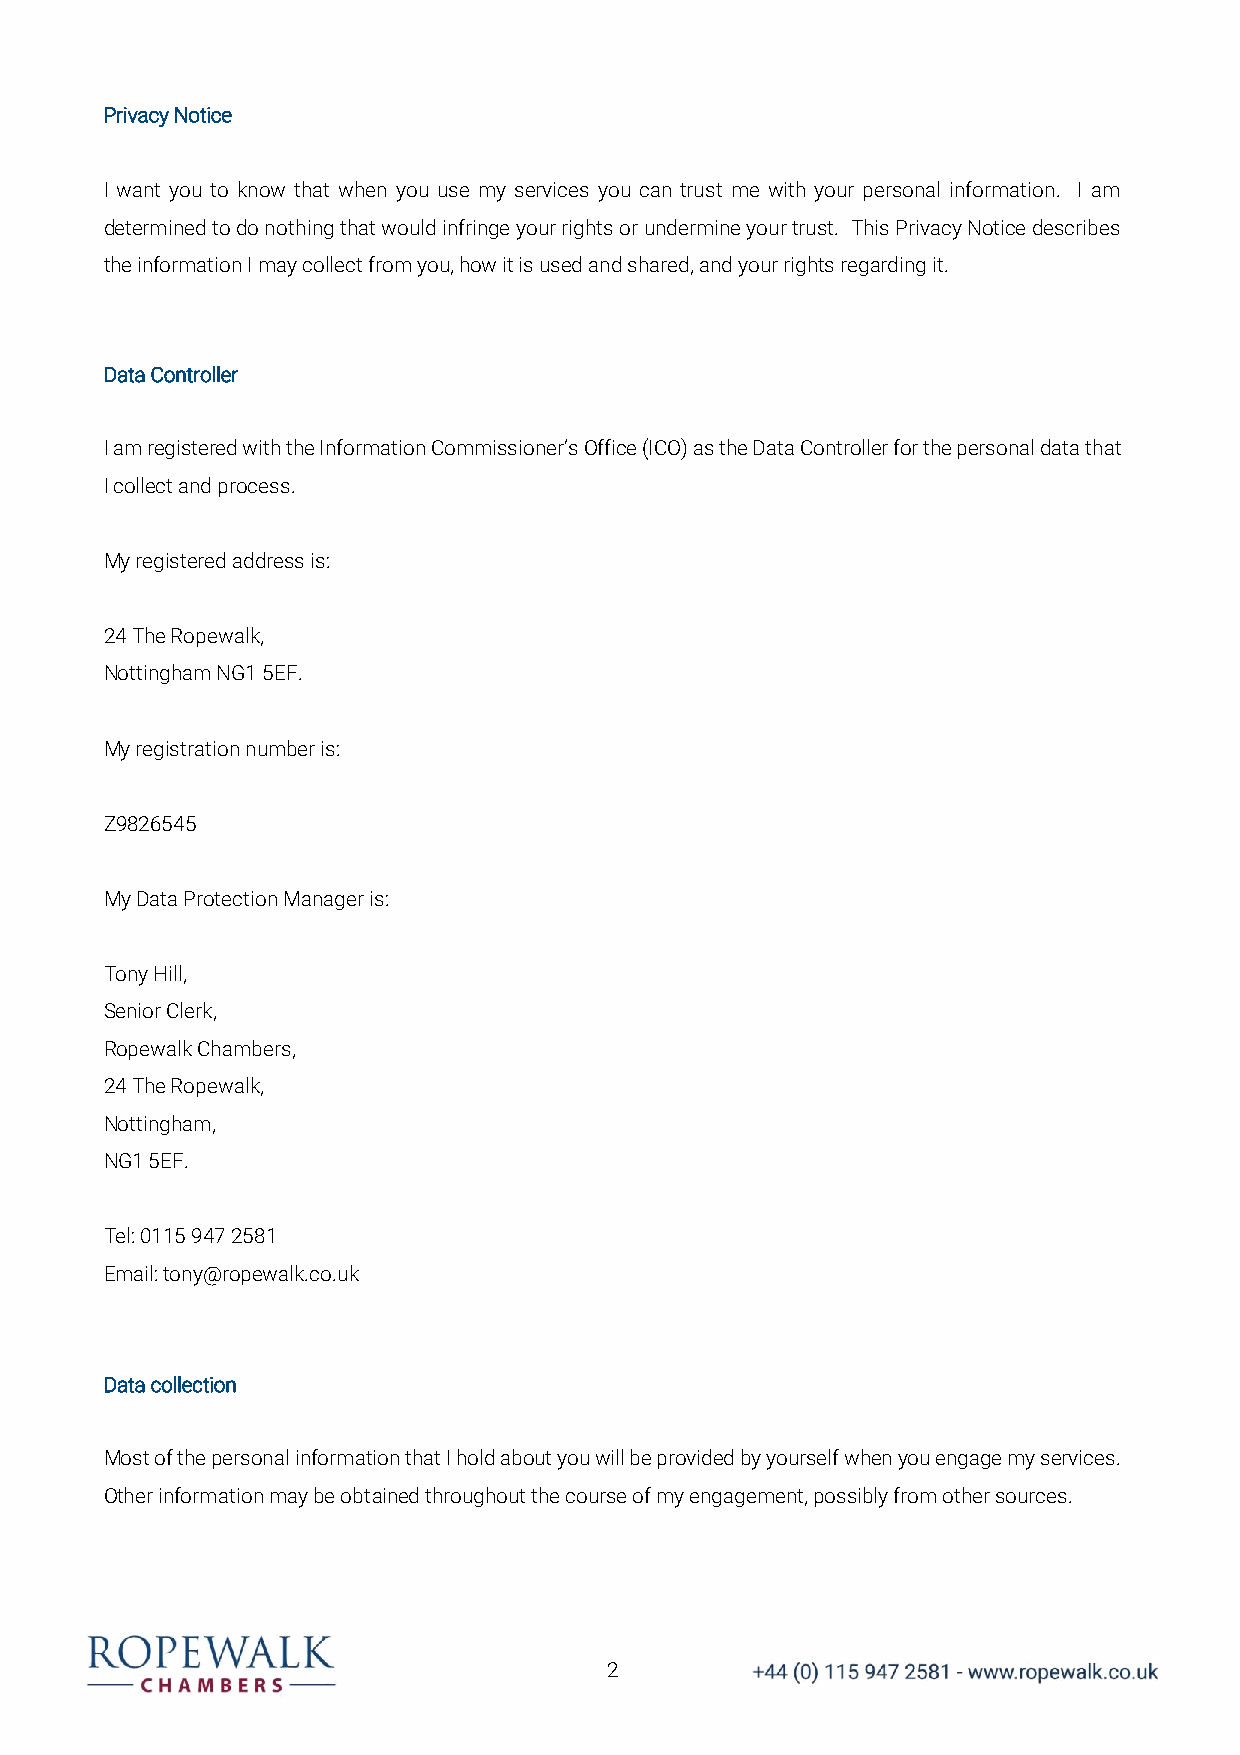
Privacy Notice
 I want you to know that when you use my services you can trust me with your personal information. I am
 determined to do nothing that would infringe your rights or undermine your trust. This Privacy Notice describes
 the information I may collect from you, how it is used and shared, and your rights regarding it.
 Data Controller
 I am registered with the Information Commissioner’s Office (ICO) as the Data Controller for the personal data that
 I collect and process.
 My registered address is:
 24 The Ropewalk,
 Nottingham NG1 5EF.
 My registration number is:
 Z9826545
 My Data Protection Manager is:
 Tony Hill,
 Senior Clerk,
 Ropewalk Chambers,
 24 The Ropewalk,
 Nottingham,
 NG1 5EF.
 Tel: 0115 947 2581
 Email: tony@ropewalk.co.uk
 Data collection
 Most of the personal information that I hold about you will be provided by yourself when you engage my services.
 Other information may be obtained throughout the course of my engagement, possibly from other sources.
 2